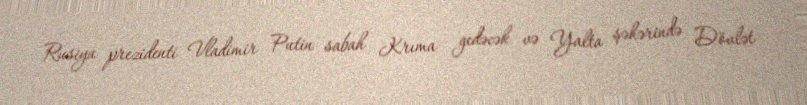
Rusiya prezidenti Vladimir Putin sabah Krıma gedəcək və Yalta şəhərində Dövlət